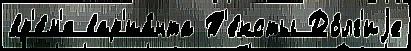
вр'е́м'я вар'иа́нта Т'е́ксты До́лг'иjе